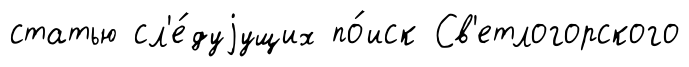
статью сл'е́дуjущих по́иск Св'етлогорского